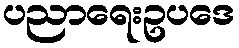
ပညာရေးဥပဒေ